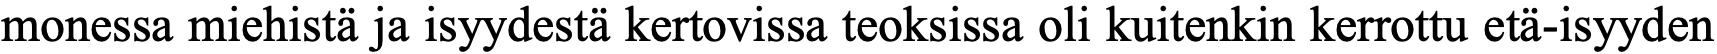
monessa miehistä ja isyydestä kertovissa teoksissa oli kuitenkin kerrottu etä-isyyden